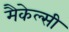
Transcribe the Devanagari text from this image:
मैकेल्सी